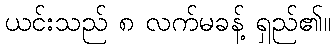
ယင်းသည် ၈ လက်မခန့် ရှည်၏။